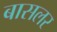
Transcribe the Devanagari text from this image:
बासलर